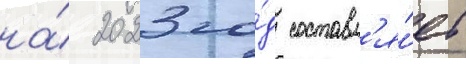
на́ 2023 го́д составл'я́ет